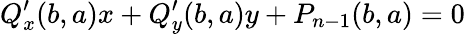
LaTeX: Q_{x}^{\prime}(b,a)x+Q_{y}^{\prime}(b,a)y+P_{n-1}(b,a)=0